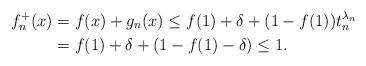
LaTeX: \begin{align*} f^+_n(x) &= f(x) + g_n(x) \le f(1) + \delta + (1-f(1))t_n^{\lambda_n} \\ &= f(1) + \delta + (1-f(1)-\delta) \le 1. \end{align*}